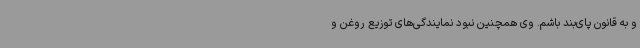
و به قانون پای‌بند باشم. وی همچنین نبود نمایندگی‌های توزیع روغن و